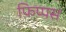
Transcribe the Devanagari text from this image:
फिप्पस